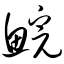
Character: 鲩